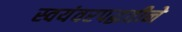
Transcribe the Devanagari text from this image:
स्वयंवरपद्धतीने